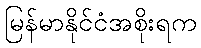
မြန်မာနိုင်ငံအစိုးရက